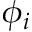
\phi _ { i }